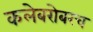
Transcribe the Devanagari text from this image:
कलेबरोबरच